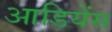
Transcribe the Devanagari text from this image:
आडियेंस